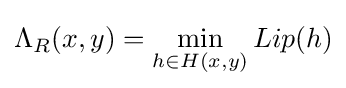
\Lambda _{R}(x,y)=\min _{h\in H(x,y)}Lip(h)